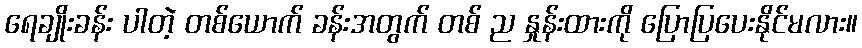
ရေချိုးခန်း ပါတဲ့ တစ်ယောက် ခန်းအတွက် တစ် ည နှုန်းထားကို ပြောပြပေးနိုင်မလား။